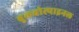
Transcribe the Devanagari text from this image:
बुलबोस्पाइनल